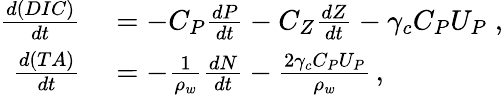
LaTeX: \begin{array}{rl}{\frac{d(DIC)}{dt}}&{{}=-C_{P}\frac{dP}{dt}-C_{Z}\frac{dZ}{dt}-\gamma_{c}C_{P}U_{P}\; ,}\\ {\frac{d(TA)}{dt}}&{{}=-\frac{1}{\rho_{w}}\frac{dN}{dt}-\frac{2\gamma_{c}C_{P}U_{P}}{\rho_{w}}\, ,}\end{array}